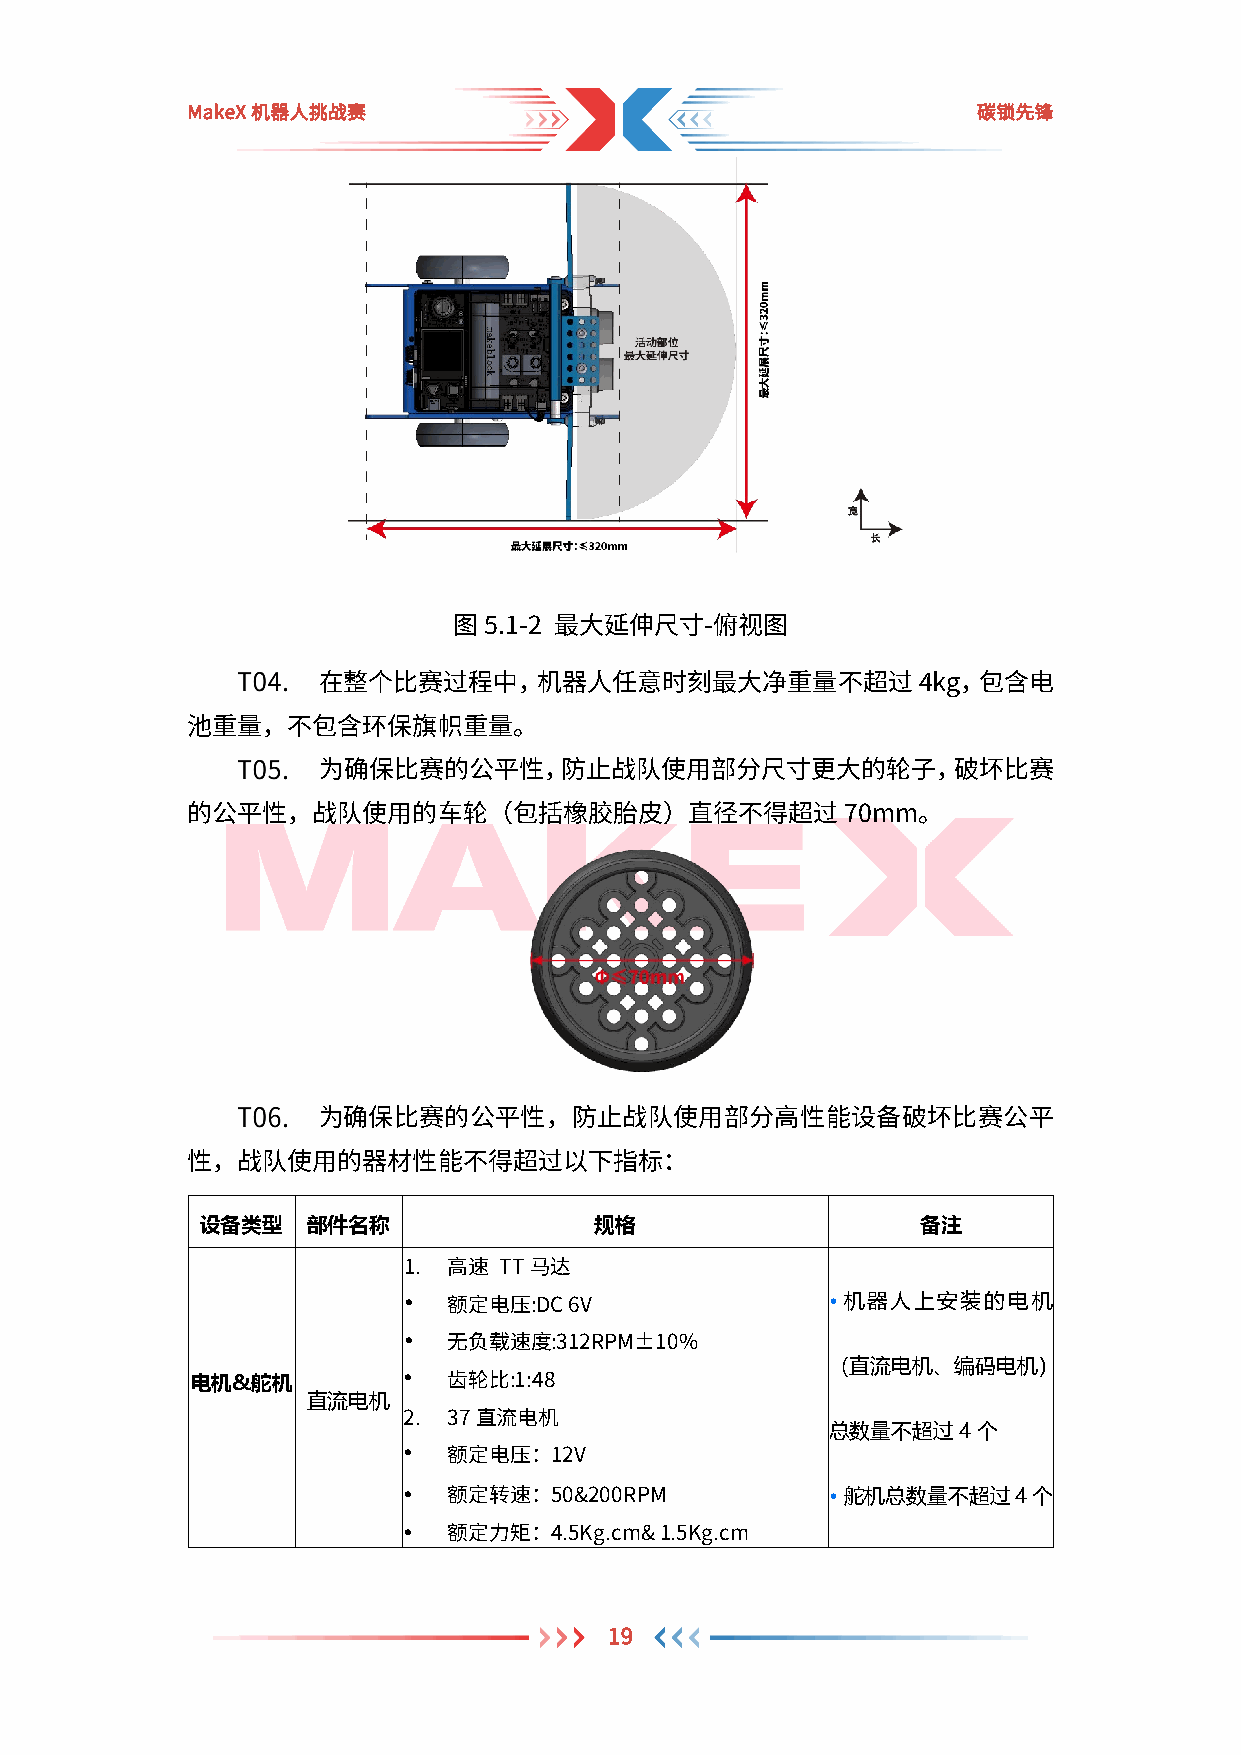
MakeX机器人挑战赛                                          碳锁先锋
 图5.1-2 最大延伸尺寸-俯视图
 在整个比赛过程中，机器人任意时刻最大净重量不超过4kg，包含电
 池重量，不包含环保旗帜重量。
 为确保比赛的公平性，防止战队使用部分尺寸更大的轮子，破坏比赛
 的公平性，战队使用的车轮（包括橡胶胎皮）直径不得超过70mm。
 为确保比赛的公平性，防止战队使用部分高性能设备破坏比赛公平
 性，战队使用的器材性能不得超过以下指标：
 设备类型   部件名称               规格                    备注
 1. 高速 TT马达
                            • 机器人上安装的电机
 额定电压:DC 6V
 
 无负载速度:312RPM±10%
 （直流电机、编码电机）
 电机&舵机         
 直流电机      齿轮比:1:48
 2. 37直流电机                   总数量不超过4个
 
 额定电压：12V
                            • 舵机总数量不超过4个
 额定转速：50&200RPM
 
 额定力矩：4.5Kg.cm& 1.5Kg.cm
 19